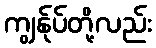
ကျွန်ုပ်တို့လည်း